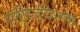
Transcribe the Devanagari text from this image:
पोर्तुगिजांविरुद्ध